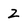
Character: 2